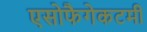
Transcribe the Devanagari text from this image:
एसोफैगेकटमी